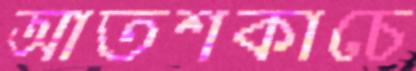
আতশকাচে